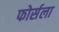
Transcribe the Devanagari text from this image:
फोर्सला